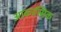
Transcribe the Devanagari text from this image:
आकास्मिक